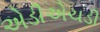
એડીએચડી